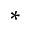
^ \ast